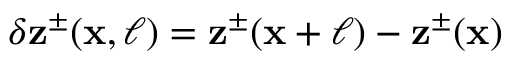
\delta \mathbf { z } ^ { \pm } ( \mathbf { x } , \boldsymbol { \ell } ) = \mathbf { z } ^ { \pm } ( \mathbf { x } + \boldsymbol { \ell } ) - \mathbf { z } ^ { \pm } ( \mathbf { x } )